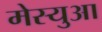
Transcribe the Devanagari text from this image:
मेस्युआ